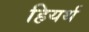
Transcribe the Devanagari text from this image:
हियर्थ